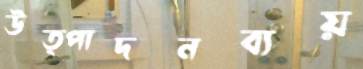
উত্পাদনব্যয়